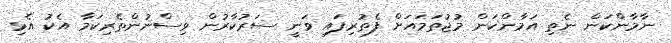
ނާމާންކަން ނެތި އަމާންކަން މުޖުތަމައަށް ފެތުރިފައި ވަނީ ސަރުކާރުން ވިސްނުންތެރިކަމާ އެކު އެޅި